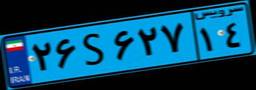
۹۲S۵۰۲۶۰